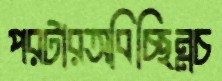
পরটারঅবিচ্ছিন্নচ